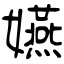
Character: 嬿